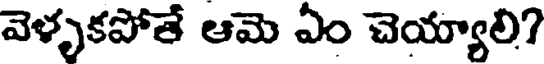
వెళ్ళకపోతే ఆమె ఏం చెయ్యాలి?